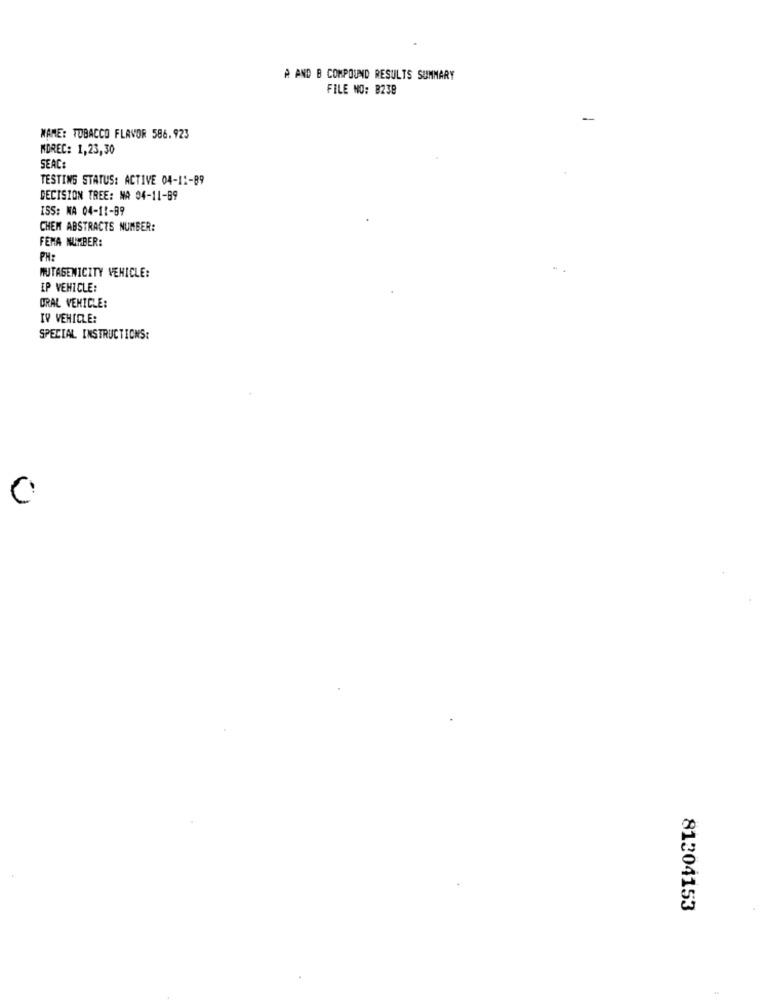
A AND B COMPOUND RESULTS SUMMARY
FILE NO: 8238
-
MAME: TOBACCO FLAVOR 586.923
MOREC: 1,23,30
SEAC:
TESTING STATUS: ACTIVE 04-11-89
DECISION TREE: MA 04-11-89
ISS: NA 04-11-89
CHEM ABSTRACTS NUMBER:
FENA NUMBER:
PH:
MUTAGENICITY VEHICLE:
IP VEHICLE:
ORAL VEHICLE:
IV VEHICLE:
SPECIAL INSTRUCTIONS:
81304153